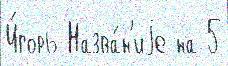
И́горь Назва́н'иjе на 5